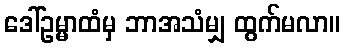
ဒေါ်ဥမ္မာထံမှ ဘာအသံမျှ ထွက်မလာ။